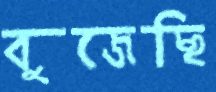
বুজেছি